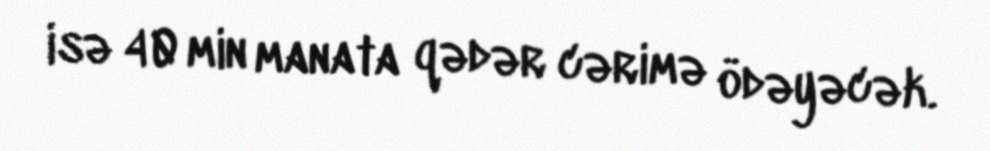
isə 40 min manata qədər cərimə ödəyəcək.